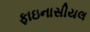
ફાઇનાસીયલ